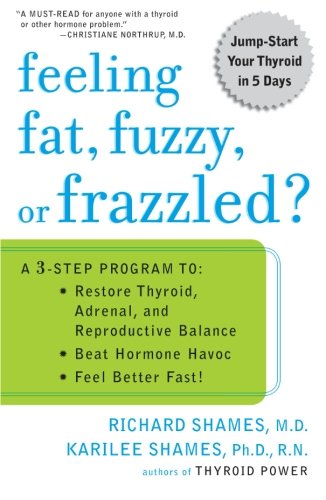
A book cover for Feeling Fat, Fuzzy, or Frazzled?: A 3-Step Program to: Restore Thyroid, Adrenal, and Reproductive Balance, Beat Ho rmone Havoc, and Feel Better Fast!; Richard Shames; Health, Fitness & Dieting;